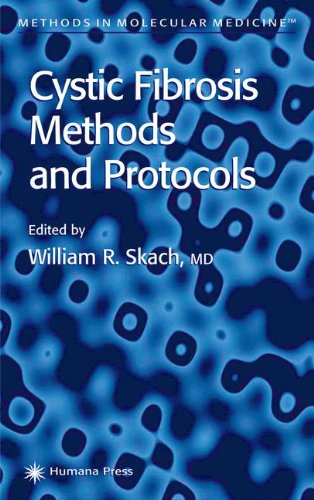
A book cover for Cystic Fibrosis Methods and Protocols (Methods in Molecular Medicine); Health, Fitness & Dieting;